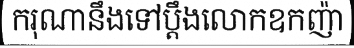
ករុណានឹងទៅប្តឹងលោកឧកញ៉ា